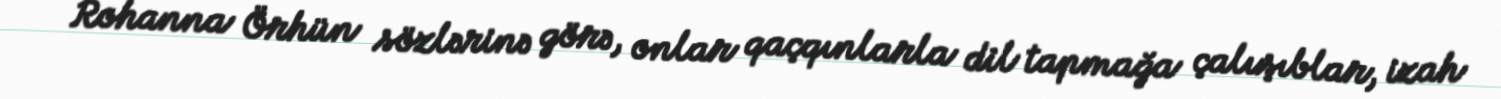
Rohanna Örhün sözlərinə görə, onlar qaçqınlarla dil tapmağa çalışıblar, izah